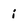
Character: i